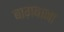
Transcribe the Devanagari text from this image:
बाग़बाना